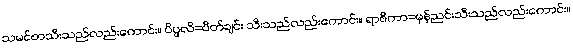
သမင်စာသီးသည်လည်းကောင်း။ ပိပ္ဖလိ=ပိတ်ချင်း သီးသည်လည်းကောင်း။ ရာဇိကာ=မုန်ညင်းသီးသည်လည်းကောင်း။